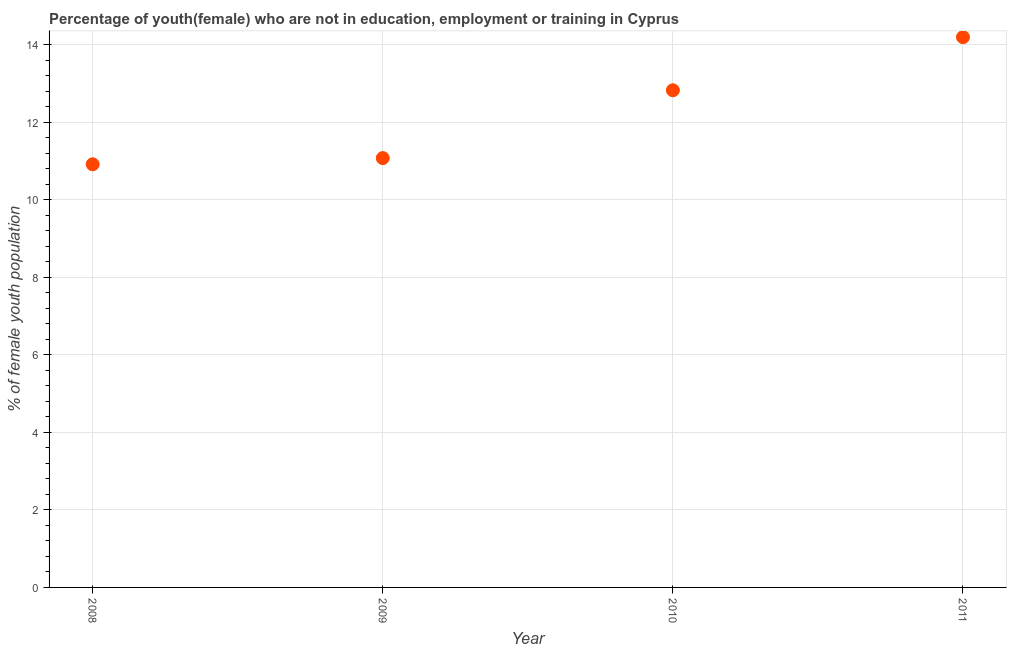
| Year | Unemployed(female) |
 | --- | --- |
 | 2008 | 10.9 |
 | 2009 | 11.1 |
 | 2010 | 12.8 |
 | 2011 | 14.2 |